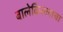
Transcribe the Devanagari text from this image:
बालेकिल्लाचा